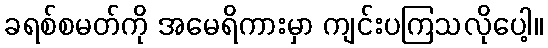
ခရစ်စမတ်ကို အမေရိကားမှာ ကျင်းပကြသလိုပေါ့။